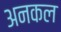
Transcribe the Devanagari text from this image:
अनकल